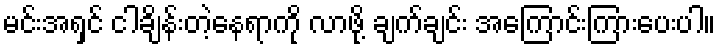
မင်းအရှင် ငါချိန်းတဲ့နေရာကို လာဖို့ ချက်ချင်း အကြောင်းကြားပေးပါ။